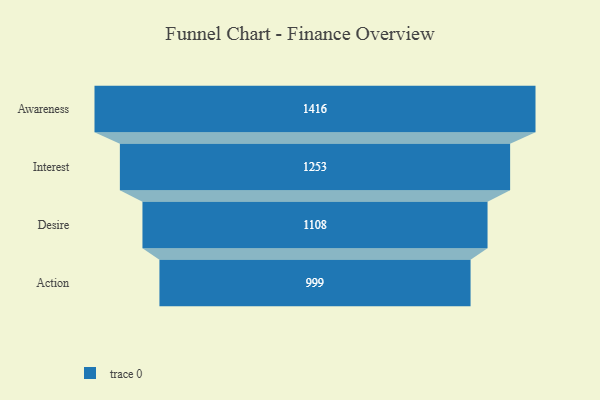
{"axis": {"x": "Stage", "y": "Value"}, "legend": [""], "data": [{"x": "Awareness", "y": 1416.0, "type": ""}, {"x": "Interest", "y": 1253.0, "type": ""}, {"x": "Desire", "y": 1108.0, "type": ""}, {"x": "Action", "y": 999.0, "type": ""}]}